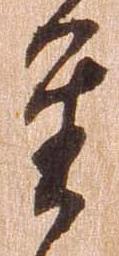
重